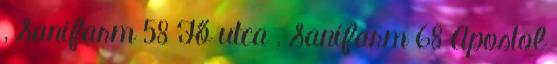
, Sanifarm 58 Fő utca , Sanifarm 68 Apostol